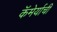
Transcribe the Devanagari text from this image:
कॅमेर्याची